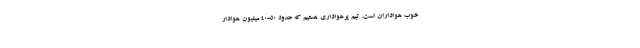
خوب هواداران است. تیم پرهواداری هستیم که حدود 50-40 میلیون هوادار